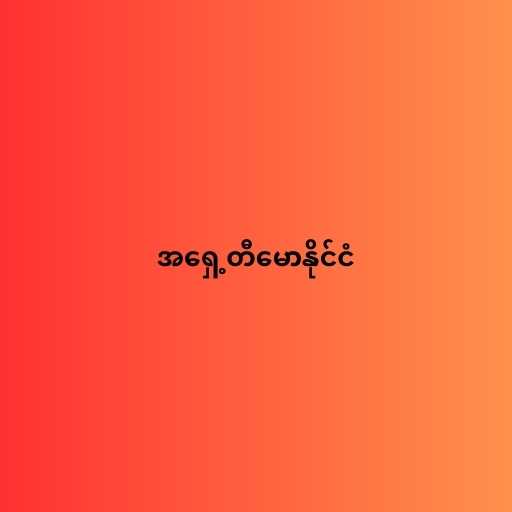
အရှေ့တီမောနိုင်ငံ